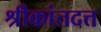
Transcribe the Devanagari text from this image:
श्रीकांतदत्त